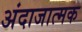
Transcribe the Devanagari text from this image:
अंदाजात्मक